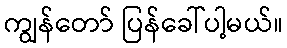
ကျွန်တော် ပြန်ခေါ်ပါ့မယ်။